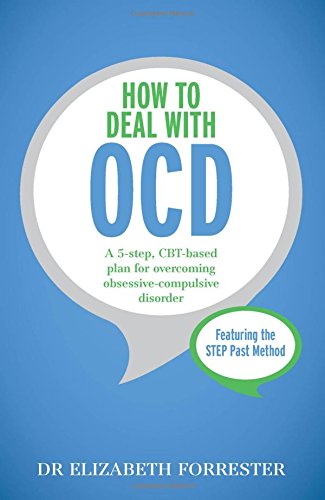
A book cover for How to Deal with OCD; Elizabeth Forrester; Health, Fitness & Dieting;